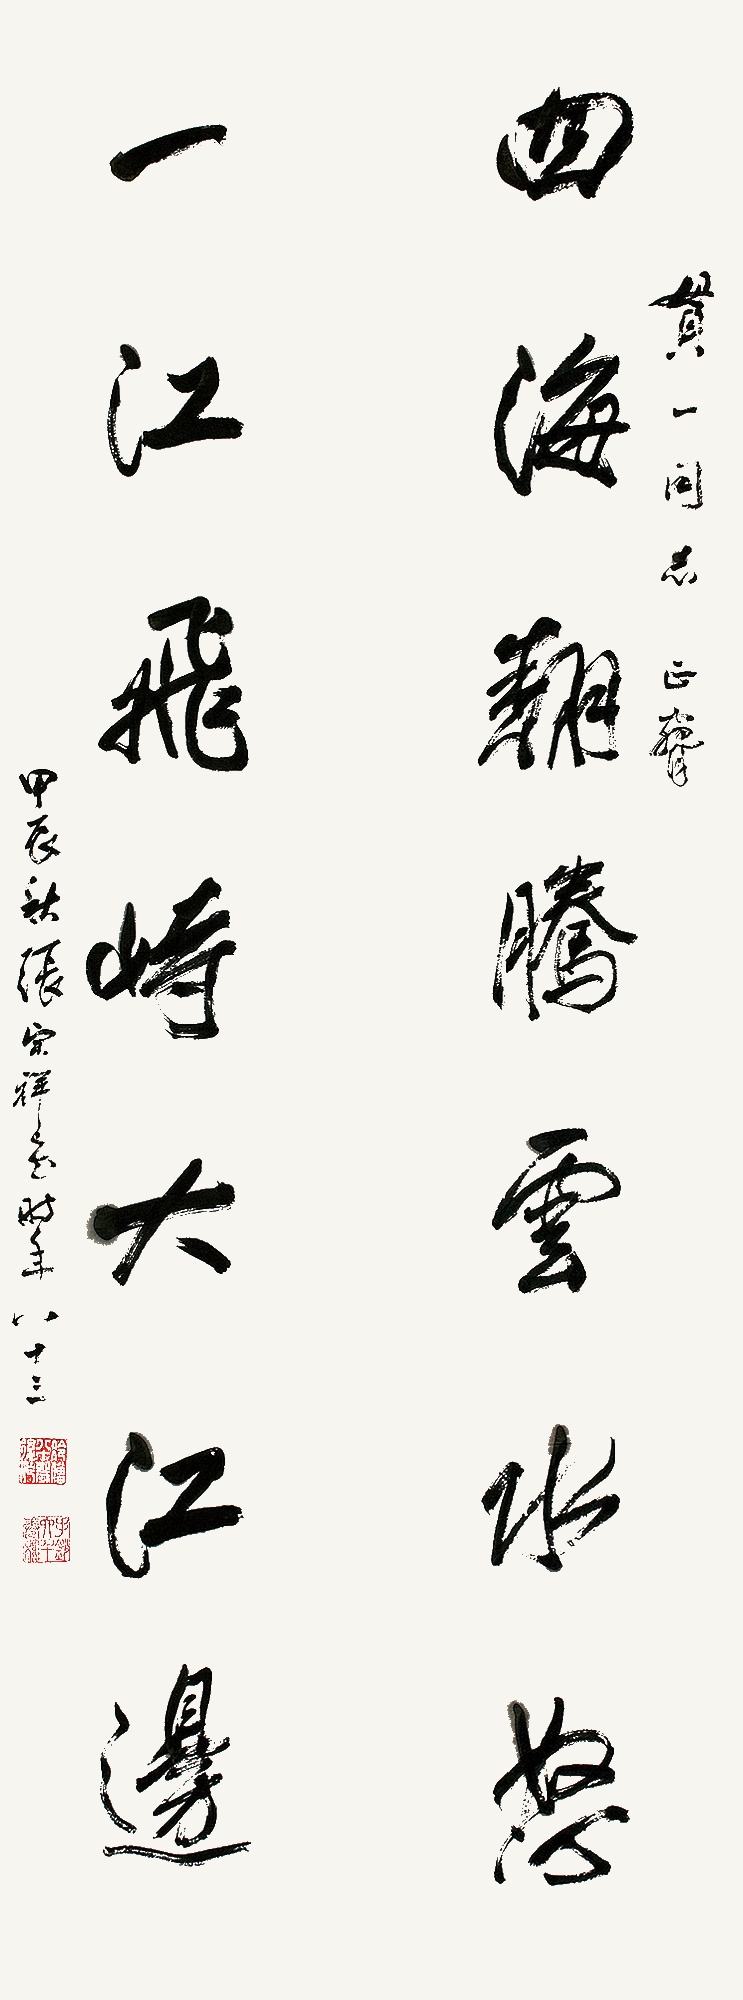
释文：四海翻腾云水怒，一江飞峙大江边。贯一同志正腕。甲辰秋，张宗祥书，时年八十三。